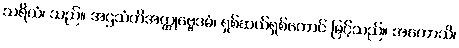
သရိယံ၊ သည်။ အဌသံတိအတ္ထုဗ္ဗေဒဓံ၊ ရှစ်ဆယ်ရှစ်တောင် မြင့်သည်။ အဟောသိ၊